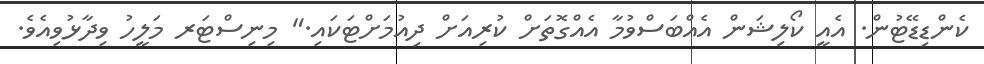
ކެންޑިޑޭޓުން. އެއީ ކޯލިޝަން އެއްބަސްވުމާ އެއްގޮތަށް ކުރިއަށް ދިއުމަށްޓަކައި." މިނިސްޓަރ މަލީހު ވިދާޅުވިއެވެ.